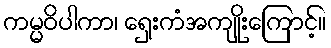
ကမ္မဝိပါကာ၊ ရှေးကံအကျိုးကြောင့်။